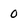
Character: 0